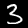
Label: 3